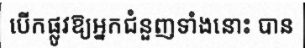
បើកផ្លូវឱ្យអ្នកជំនួញទាំងនោះ បាន